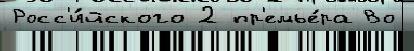
Росс'и́йского 2 пр'емье́ра Во